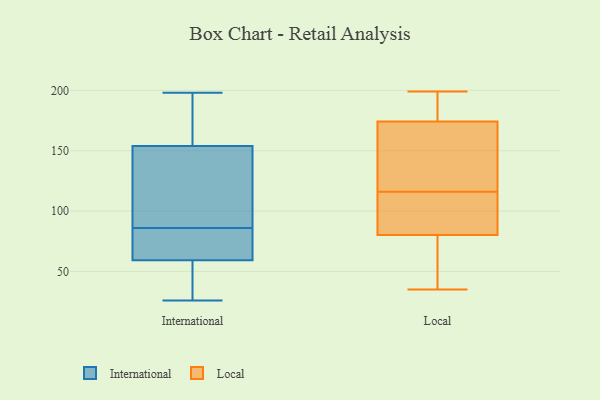
{"axis": {"x": "Production Output", "y": "Value"}, "legend": ["International", "Local"], "data": [{"x": "", "y": 79, "type": "International"}, {"x": "", "y": 26, "type": "International"}, {"x": "", "y": 30, "type": "International"}, {"x": "", "y": 99, "type": "International"}, {"x": "", "y": 157, "type": "International"}, {"x": "", "y": 161, "type": "International"}, {"x": "", "y": 165, "type": "International"}, {"x": "", "y": 66, "type": "International"}, {"x": "", "y": 80, "type": "International"}, {"x": "", "y": 198, "type": "International"}, {"x": "", "y": 57, "type": "International"}, {"x": "", "y": 88, "type": "International"}, {"x": "", "y": 86, "type": "International"}, {"x": "", "y": 145, "type": "International"}, {"x": "", "y": 31, "type": "International"}, {"x": "", "y": 116, "type": "Local"}, {"x": "", "y": 187, "type": "Local"}, {"x": "", "y": 154, "type": "Local"}, {"x": "", "y": 38, "type": "Local"}, {"x": "", "y": 199, "type": "Local"}, {"x": "", "y": 84, "type": "Local"}, {"x": "", "y": 170, "type": "Local"}, {"x": "", "y": 35, "type": "Local"}, {"x": "", "y": 90, "type": "Local"}, {"x": "", "y": 69, "type": "Local"}, {"x": "", "y": 117, "type": "Local"}, {"x": "", "y": 194, "type": "Local"}, {"x": "", "y": 93, "type": "Local"}]}